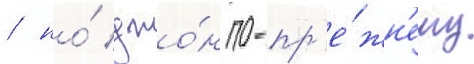
/ но́ джо́н по-пр'е́жн'ему